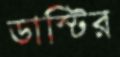
ডাস্টির